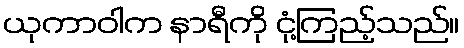
ယုကာဝါက နာရီကို ငုံ့ကြည့်သည်။